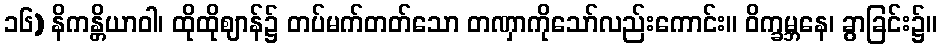
၁၆) နိကန္တိယာဝါ၊ ထိုထိုဈာန်၌ တပ်မက်တတ်သော တဏှာကိုသော်လည်းကောင်း။ ဝိက္ခမ္ဘနေ၊ ခွာခြင်း၌။